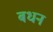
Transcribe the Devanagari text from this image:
बधन